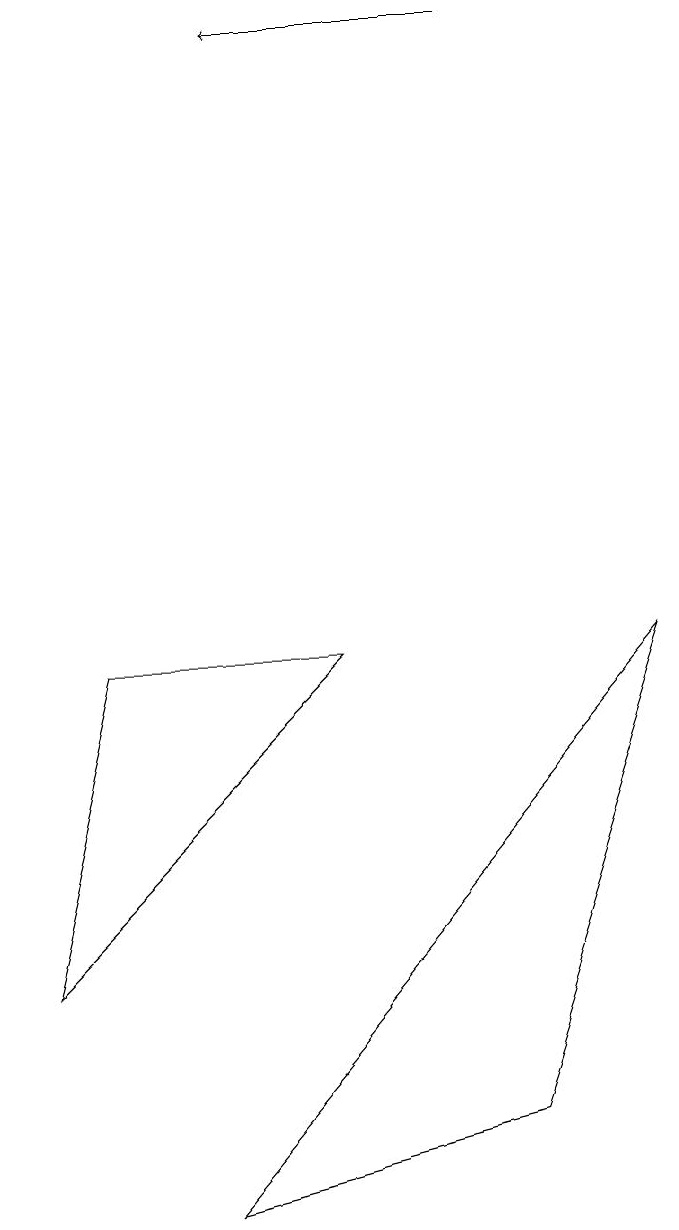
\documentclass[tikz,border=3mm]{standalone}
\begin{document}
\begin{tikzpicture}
\draw (2,1) -- (8,8) -- (6,2) -- cycle;
\draw[->] (6,16) -- (3,16);
\draw (1,8) -- (0,4) -- (4,8) -- cycle;
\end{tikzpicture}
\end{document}